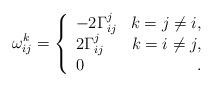
LaTeX: \begin{align*} \omega_{ij}^k=\left\{ \begin{array}{lr} -2\Gamma_{ij}^j& k=j\neq i,\\ 2\Gamma_{ij}^j& k=i\neq j,\\ 0 &\,. \end{array}\right.\end{align*}